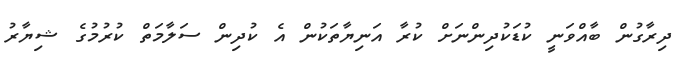
ދިރާގުން ބާއްވަނީ ކުޑަކުދިންނަށް ކުރާ އަނިޔާތަކުން އެ ކުދިން ސަލާމަތް ކުރުމުގެ ޝިޔާރު